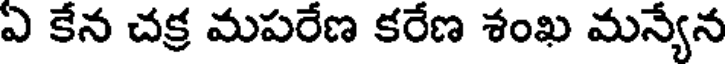
ఏ కేన చక్ర మపరేణ కరేణ శంఖ మన్యేన